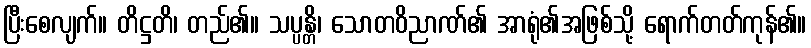
ပြီးစေလျက်။ တိဋ္ဌတိ၊ တည်၏။ သပ္ပန္တိ၊ သောတဝိညာဏ်၏ အာရုံ၏အဖြစ်သို့ ရောက်တတ်ကုန်၏။